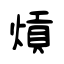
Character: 熕